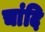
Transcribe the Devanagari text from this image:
चांदि